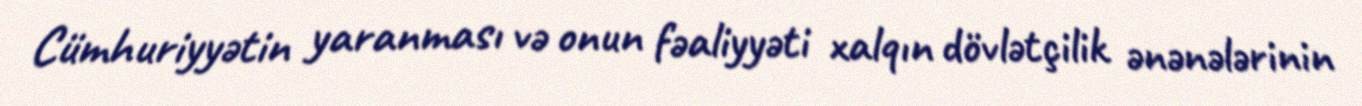
Cümhuriyyətin yaranması və onun fəaliyyəti xalqın dövlətçilik ənənələrinin